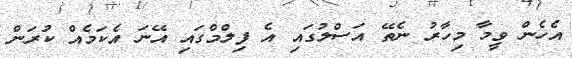
އެހެން ވީމާ މިހާރު ނެތޭ އަސްލުގައި އެ ފިލްމްގައި އޭނަ އެކަމެއް ކުރަން